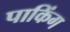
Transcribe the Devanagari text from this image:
पाकिंग